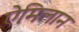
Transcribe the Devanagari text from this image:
ऐमिलान